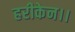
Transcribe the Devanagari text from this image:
हरीकेन।।